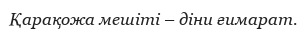
Қарақожа мешіті – діни ғимарат.